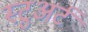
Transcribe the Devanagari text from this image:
स्‍टुअर्ट